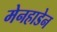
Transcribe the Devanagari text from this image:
मेनहाडेन